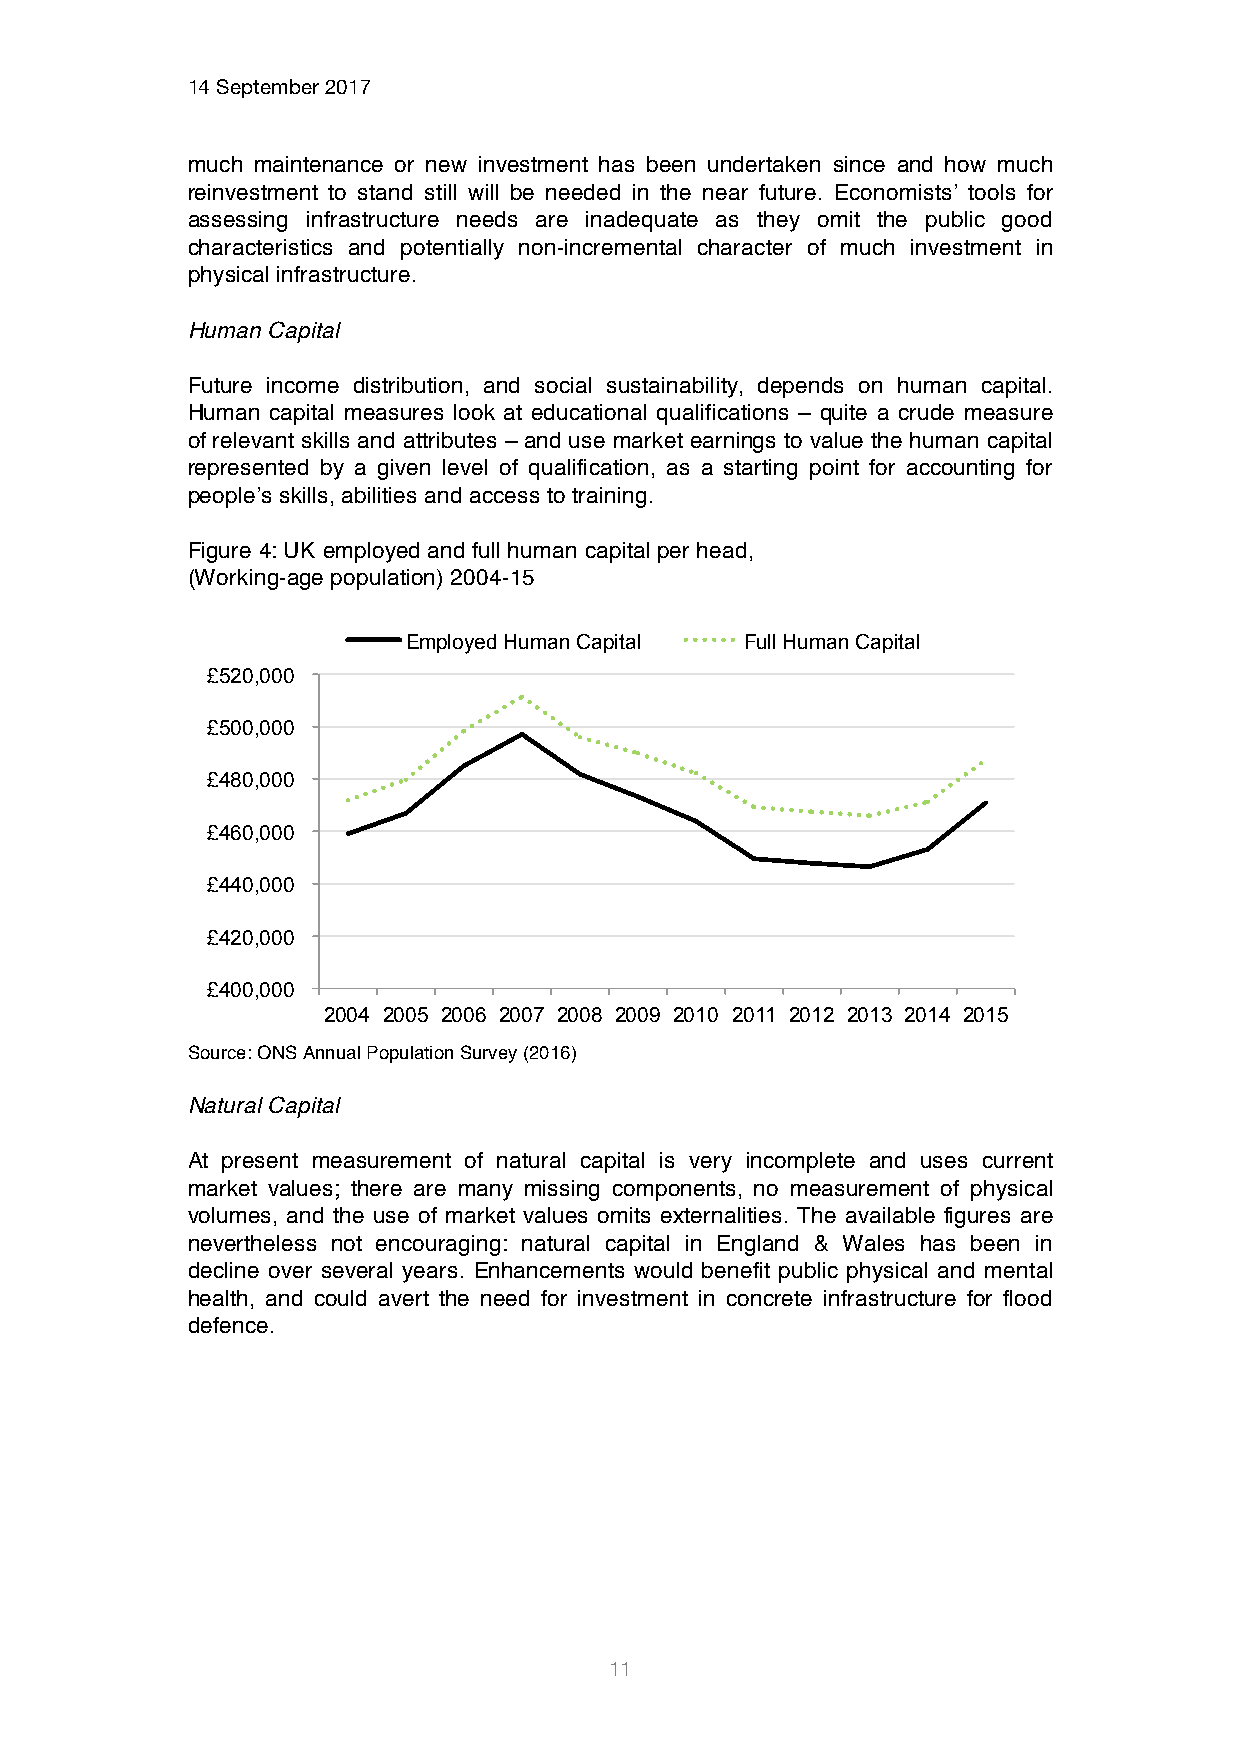
14 September 2017
 much maintenance or new investment has been undertaken since and how much
 reinvestment to stand still will be needed in the near future. Economists’ tools for
 assessing infrastructure needs are inadequate as they omit the public good
 characteristics and potentially non-incremental character of much investment in
 physical infrastructure.
 Human Capital
 Future income distribution, and social sustainability, depends on human capital.
 Human capital measures look at educational qualifications – quite a crude measure
 of relevant skills and attributes – and use market earnings to value the human capital
 represented by a given level of qualification, as a starting point for accounting for
 people’s skills, abilities and access to training.
 Figure 4: UK employed and full human capital per head,
 (Working-age population) 2004-15
 Employed Human Capital Full Human Capital
 £520,000
 £500,000
 £480,000
 £460,000
 £440,000
 £420,000
 £400,000
 2004 2005 2006 2007 2008 2009 2010 2011 2012 2013 2014 2015
 Source: ONS Annual Population Survey (2016)
 Natural Capital
 At present measurement of natural capital is very incomplete and uses current
 market values; there are many missing components, no measurement of physical
 volumes, and the use of market values omits externalities. The available figures are
 nevertheless not encouraging: natural capital in England & Wales has been in
 decline over several years. Enhancements would benefit public physical and mental
 health, and could avert the need for investment in concrete infrastructure for flood
 defence.
 11